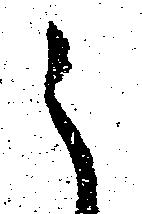
之